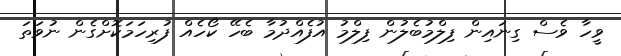
ވީހާ ވެސް ގިނައިން ފިލްމުބެލުން ފިލްމު އުފެއްދުމާ ބެހޭ ކޯހެއް ފުރިހަމަކޮށްގެން ނުވަތަ